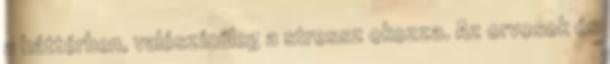
a háttérben, valószínűleg a stressz okozza. Az orvosok és